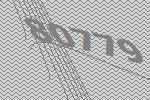
80779